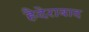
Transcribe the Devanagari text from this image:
हैदेराबाद